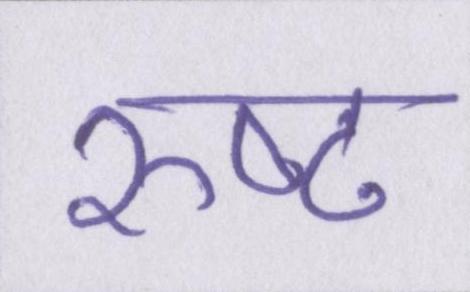
रुष्ट